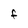
Character: F